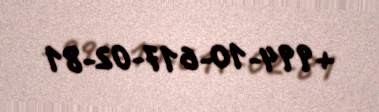
+994-10-617-02-81